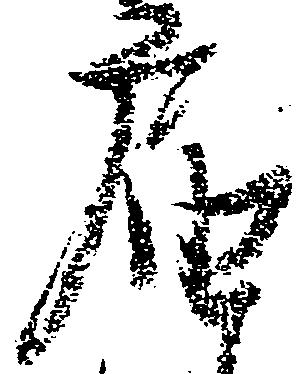
届